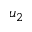
u _ { 2 }